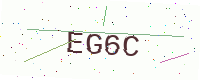
Text: EG6C